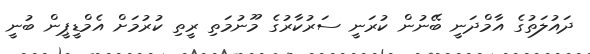
ދައުލަތުގެ އާމްދަނީ ބޭނުން ކުރަނީ ސަރުކާރުގެ މޫނުމަތި ރީތި ކުރުމަށް އެމްޑީޕީން ބުނީ